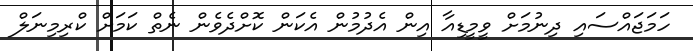
ހަމަޖައްސައި ދިނުމަށް ވީމީޑިއާ އިން އެދުމުން އެކަން ކޮށްދެވެން ނެތް ކަމަށް ކްރިމިނަލް